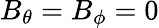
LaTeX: B_{\theta}=B_{\phi}=0